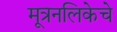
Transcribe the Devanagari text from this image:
मूत्रनलिकेचे